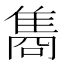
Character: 𮥼